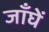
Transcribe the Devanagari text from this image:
जाँघें